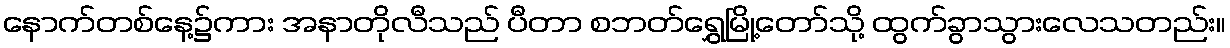
နောက်တစ်နေ့၌ကား အနာတိုလီသည် ပီတာ စဘတ်ရွှေမြို့တော်သို့ ထွက်ခွာသွားလေသတည်း။